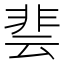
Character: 𮧄